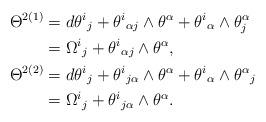
LaTeX: \begin{align*}\Theta^{2(1)}&=d\theta^i{}_j+\theta^i{}_{\alpha j}\wedge\theta^\alpha+\theta^i{}_\alpha\wedge\theta^\alpha_j\\*&=\Omega^i{}_j+\theta^i{}_{\alpha j}\wedge\theta^\alpha,\\*\Theta^{2(2)}&=d\theta^i{}_j+\theta^i{}_{j\alpha}\wedge\theta^\alpha+\theta^i{}_\alpha\wedge\theta^\alpha{}_j\\*&=\Omega^i{}_j+\theta^i{}_{j\alpha}\wedge\theta^\alpha.\end{align*}